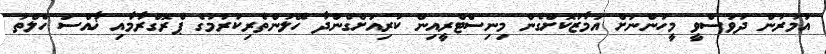
އުމުރުން ދުވަސްވީ މީހުންނަށް އަމާޒުކޮށްގެން މިނިސްޓްރީއިން ކުރިއަށްގެންދާ ހޭލުންތެރިކުރުމުގެ ޕްރޮގްރާމާއި ޚާއްސަ ހެލްތު